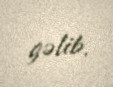
gəlib.